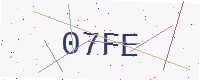
Text: 07FE